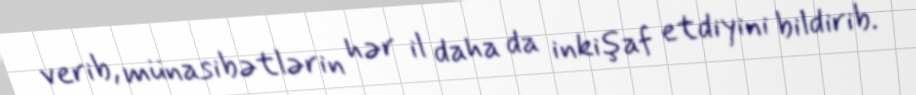
verib, münasibətlərin hər il daha da inkişaf etdiyini bildirib.